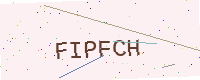
Text: FIPFCH